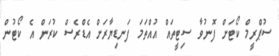
ސުޕްރީމް ކޯޓަށް ފޮނުވާ ސިޓީތައް އުއްތަމަ ފަނޑިޔާރަށް އެޑްރެސް ކުރަން އެ ކޯޓުން